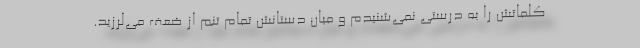
کلماتش را به درستی نمی‌شنیدم و میان دستانش تمام تنم از ضعف می‌لرزید.